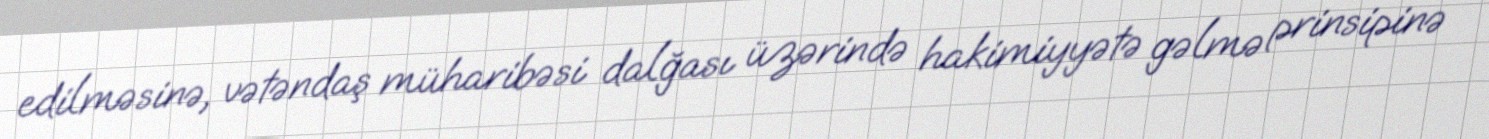
edilməsinə, vətəndaş müharibəsi dalğası üzərində hakimiyyətə gəlmə prinsipinə